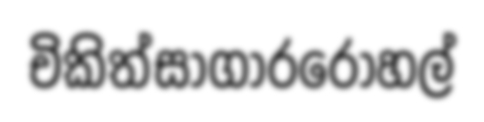
චිකිත්සාගාරරෝහල්